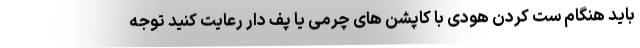
باید هنگام ست کردن هودی با کاپشن های چرمی یا پف دار رعایت کنید توجه